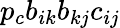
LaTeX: p_{c}b_{ik}b_{kj}c_{ij}